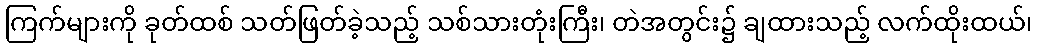
ကြက်များကို ခုတ်ထစ် သတ်ဖြတ်ခဲ့သည့် သစ်သားတုံးကြီး၊ တဲအတွင်း၌ ချထားသည့် လက်ထိုးထယ်၊